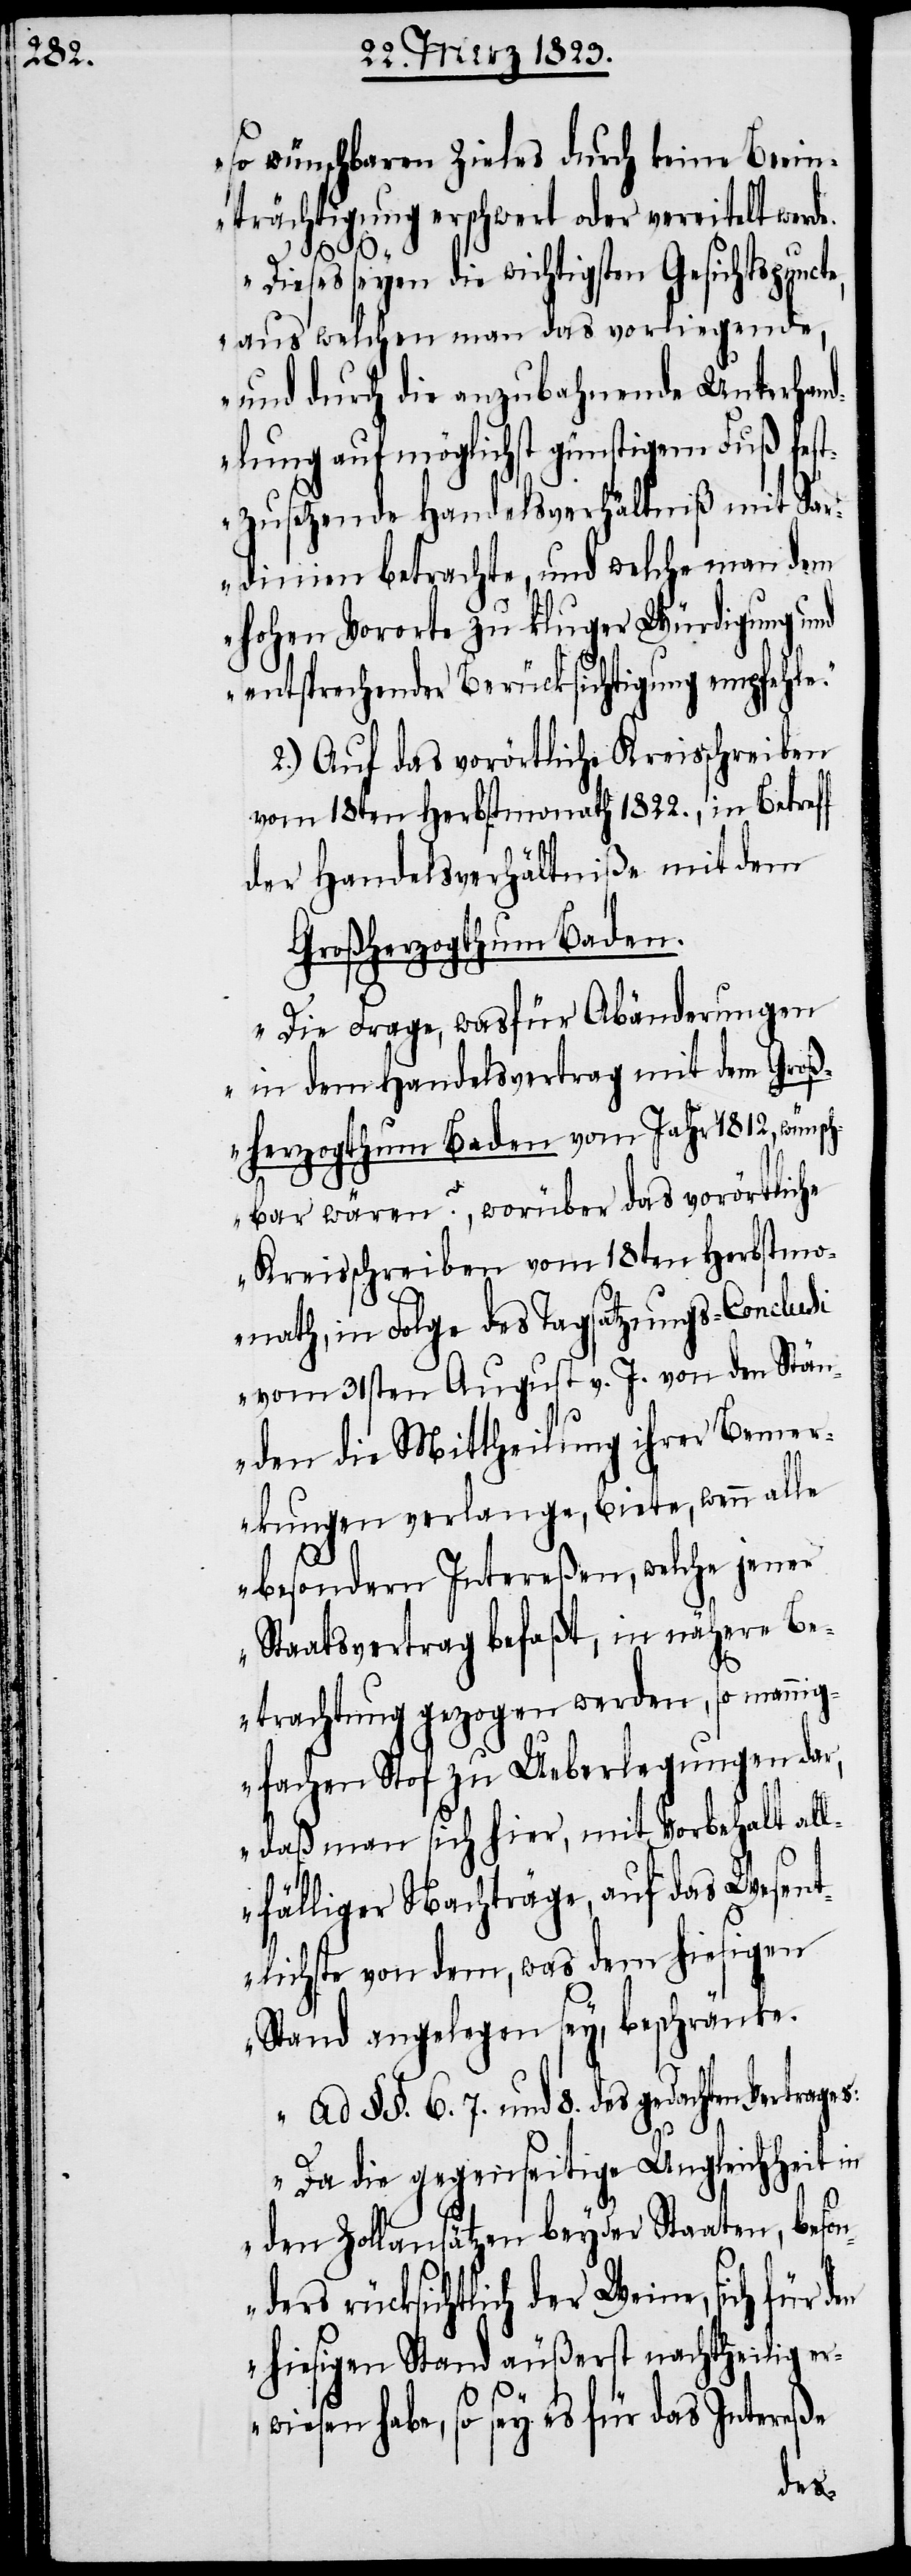
so wünschbaren Zieles durch keine Beein¬
trächtigung erschwert oder vereitelt werd¬
e.“
Dieses seyen die wichtigsten
aus welchen man das vorliegende,
und durch die anzubahnende Unterhan¬
dlung auf möglichst günstigem Fuß fes¬
tzusetzende Handelsverhältniß mit Sar¬
dinien betrachte, und welche man dem
hohen Vororte zu kluger Würdigung und
entsprechender Berücksichtigung empfehl¬
2.) Auf das vorörtliche Kreisschreiben
vom 18ten Herbstmonath 1822., in Betreff
der Handelsverhältniße mit dem
Großherzogthum Baden.
„Die Frage, was für Abänderungen
in dem Handelsvertrag mit dem Groß¬
herzogthum Baden vom Jahr 1812, wünsc¬
hbar wären?, worüber das vorörtliche
Kreisschreiben vom 18ten Herbstmo¬
nath, in Folge des Tagsatzungs-Conclusi
vom 31sten August v. J. von den Stän¬
den die Mittheilung ihrer Bemer¬
kungen verlange, biete, wenn alle
besondern Intereßen, welche jener
Staatsvertrag befaßt, in nähere Be¬
trachtung gezogen werden, so mannig¬
fachen Stof zu Ueberlegungen dar,
daß man sich hier, mit Vorbehalt all¬
fälliger Nachträge, auf das Wesent¬
lichste von dem, was dem hiesigen
Stand angelegen sey, beschränke.
§§. 6.[,] 7. und 8. des gedachten Vertra¬
Da die gegenseitige Ungleichheit in
den Zollansätzen beyder Staaten, beson¬
ders rücksichtlich der Weine, sich für
hiesigen Stand äußerst nachtheilig er¬
wiesen habe, so sey es für das Intereße
ges: